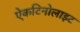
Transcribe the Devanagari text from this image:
ऐकटिनोलाइट